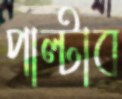
পাল্‌টাব